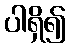
ပါရှိ၍